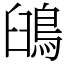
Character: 䳎